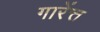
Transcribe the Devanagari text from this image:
गारेंत्त